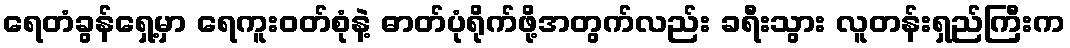
ရေတံခွန်ရှေ့မှာ ရေကူးဝတ်စုံနဲ့ ဓာတ်ပုံရိုက်ဖို့အတွက်လည်း ခရီးသွား လူတန်းရှည်ကြီးက